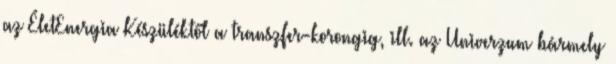
az ÉletEnergia Készüléktől a transzfer-korongig, ill. az Univerzum bármely